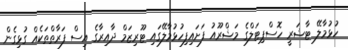
ހުޅުމާލޭ ޓާޝަރީ ހޮސްޕިޓަލްގެ މަޝްރޫއު ފަށައިފިހުޅުމާލޭގައި ޓޫރިޒަމް ދާއިރާގެ އިސް ފަރާތްތަކެއް ގުޅިގެން